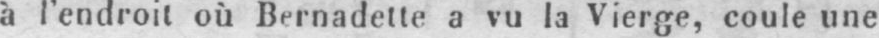
à l’endroit où Bernadette a vu la Vierge, coule une